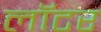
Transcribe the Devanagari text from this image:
लॉटर